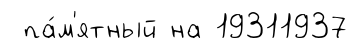
па́м'ятный на 19311937